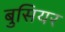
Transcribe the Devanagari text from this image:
बुसियर